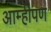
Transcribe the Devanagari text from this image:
आम्हीपण